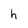
Character: h